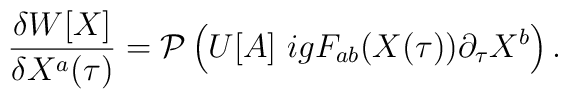
\frac{\delta W[X]}{\delta X^a (\tau)} = {\cal P} \left( U[A] ~igF_{ab}(X(\tau)) \partial_{\tau}X^b \right).